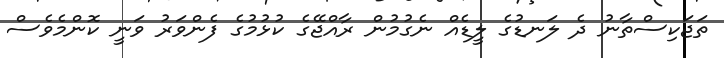
ތަޖަކިސްތާނު ދެ ލަނޑުގެ ލީޑެއް ނެގުމުން ރާއްޖޭގެ ކުޅުމުގެ ފެންވަރު ވަނީ ކޮންމެވެސް